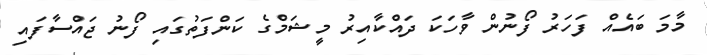
މާމަ ބައެއް ފަހަރު ފޯނުން ވާހަކަ ދައްކާއިރު މީޝަމްގެ ކަންފަތުގައި ފޯނު ޖައްސާފައި